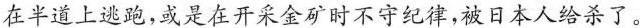
在半道上逃跑，或是在开采金矿时不守纪律,被日本人给杀了。